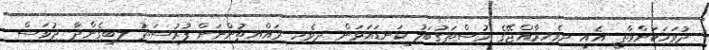
ދުވަހަކަށްވާތީ އެއީ ދިވެހިރާއްޖޭގެ މުސްތަގުބަލު ކަނޑައަޅަން ދިވެހި ރައްޔިތުންނަށް ފުރުސަތު ލިބިގެންދާ ދުވަސް